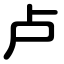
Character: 卢